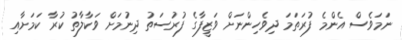
ނަމަވެސް އެންމެ ފުރަތަމަ ދިވެހިންނަށް ވަޒީފާގެ ފުރުސަތު ދިނުމަށް ވަކާލާތު ކުރާ ކަމަށާއި